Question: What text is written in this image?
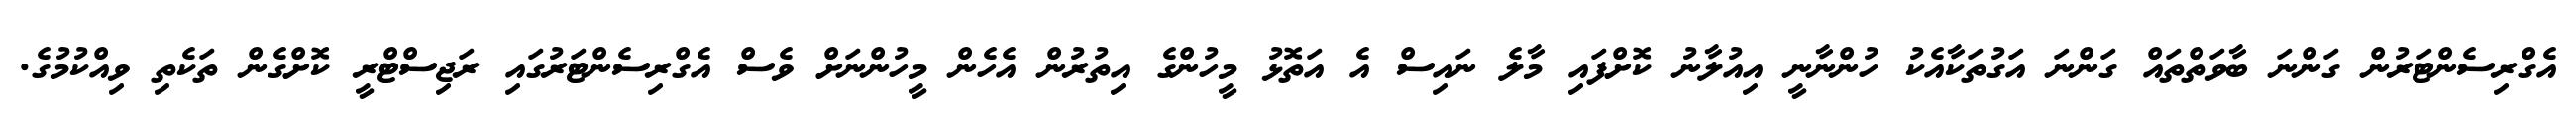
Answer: އެގްރިސެންޓަރުން ގަންނަ ބާވަތްތައް ގަންނަ އަގުތަކާއެކު ހުންނާނީ އިއުލާނު ކޮށްފައި މާލެ ނައިސް އެ އަތޮޅު މީހުންގެ އިތުރުން އެހެން މީހުންނަށް ވެސް އެގްރިސެންޓަރުގައި ރަޖިސްޓްރީ ކޮށްގެން ތަކެތި ވިއްކުމުގެ.